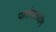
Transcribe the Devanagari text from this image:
पातंजलयोग